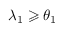
\lambda _ { 1 } \geqslant \theta _ { 1 }